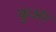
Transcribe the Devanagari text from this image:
कुअंर